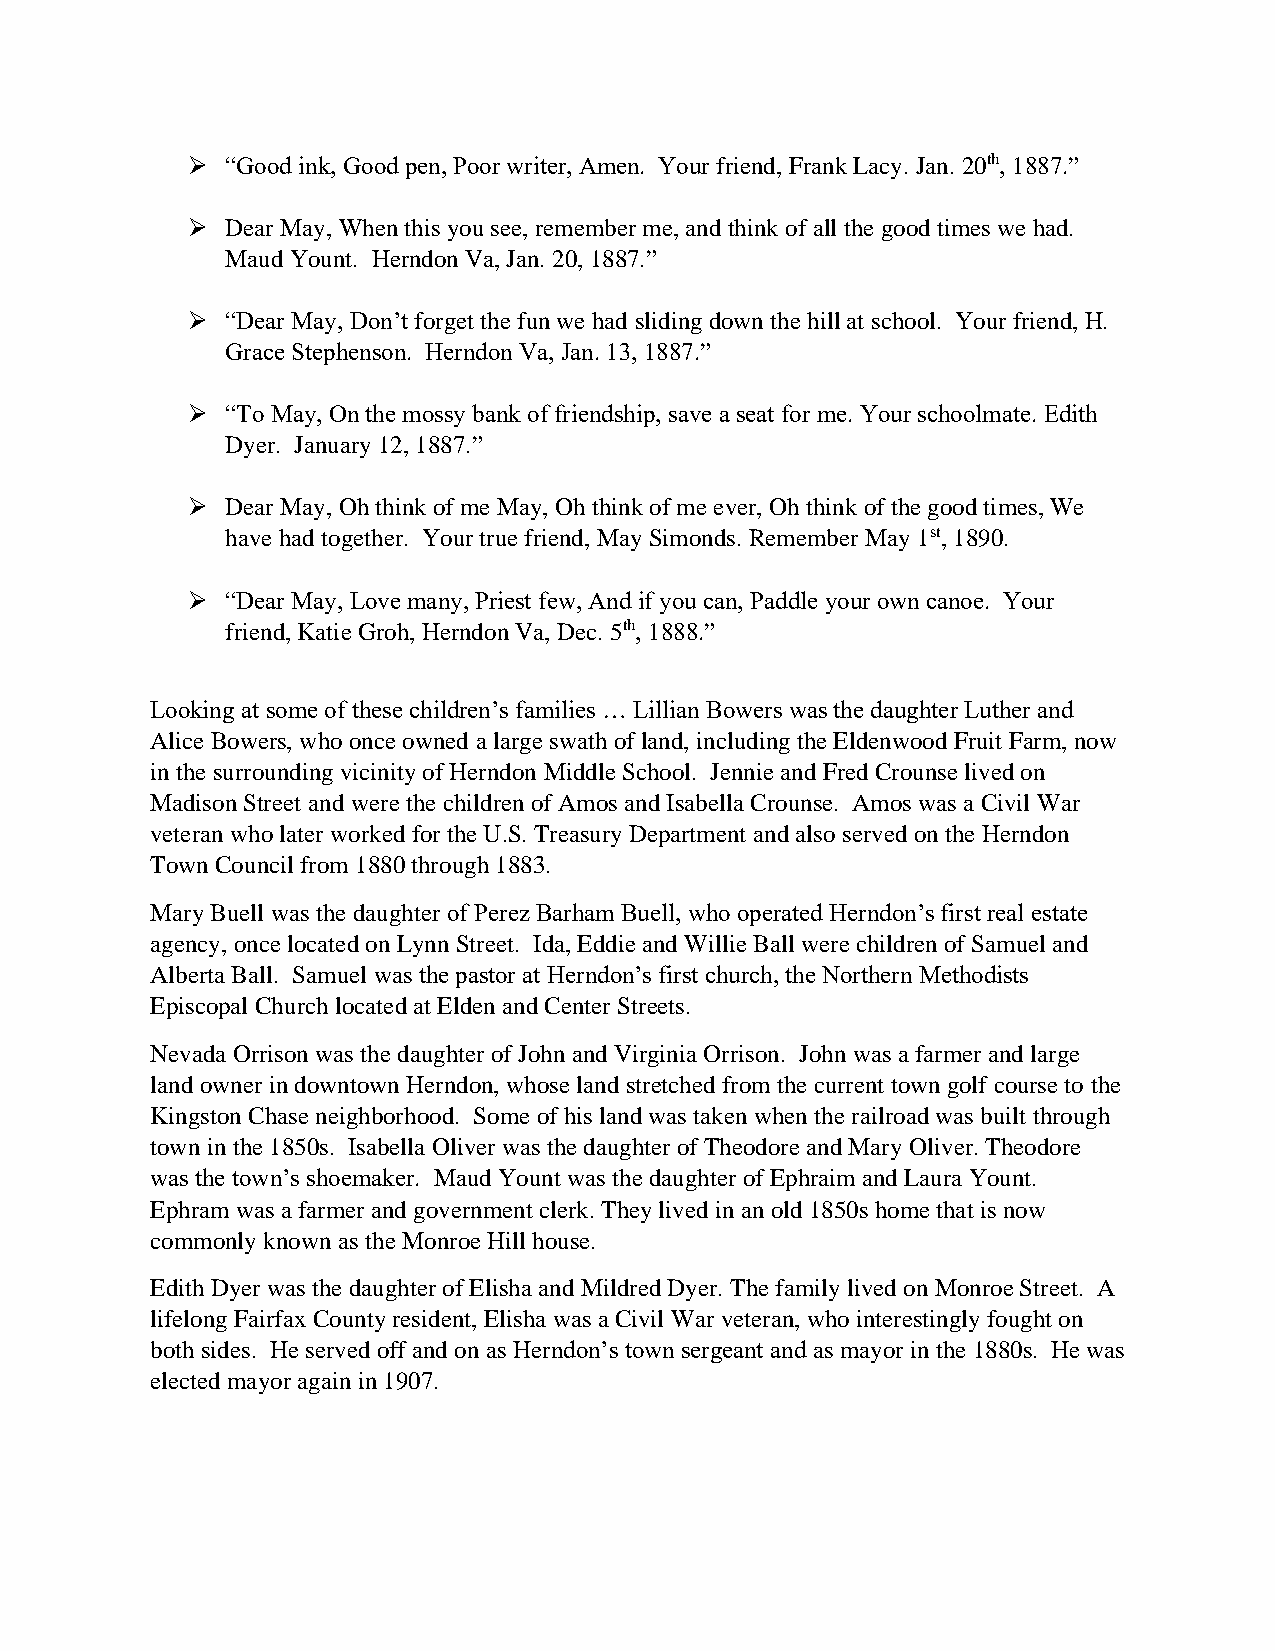
➢  “Good ink, Good pen, Poor writer, Amen. Your friend, Frank Lacy. Jan. 20th, 1887.”
 ➢  Dear May, When this you see, remember me, and think of all the good times we had.
 Maud Yount. Herndon Va, Jan. 20, 1887.”
 ➢  “Dear May, Don’t forget the fun we had sliding down the hill at school. Your friend, H.
 Grace Stephenson. Herndon Va, Jan. 13, 1887.”
 ➢  “To May, On the mossy bank of friendship, save a seat for me. Your schoolmate. Edith
 Dyer. January 12, 1887.”
 ➢  Dear May, Oh think of me May, Oh think of me ever, Oh think of the good times, We
 have had together. Your true friend, May Simonds. Remember May 1st, 1890.
 ➢  “Dear May, Love many, Priest few, And if you can, Paddle your own canoe. Your
 friend, Katie Groh, Herndon Va, Dec. 5th, 1888.”
 Looking at some of these children’s families … Lillian Bowers was the daughter Luther and
 Alice Bowers, who once owned a large swath of land, including the Eldenwood Fruit Farm, now
 in the surrounding vicinity of Herndon Middle School. Jennie and Fred Crounse lived on
 Madison Street and were the children of Amos and Isabella Crounse. Amos was a Civil War
 veteran who later worked for the U.S. Treasury Department and also served on the Herndon
 Town Council from 1880 through 1883.
 Mary Buell was the daughter of Perez Barham Buell, who operated Herndon’s first real estate
 agency, once located on Lynn Street. Ida, Eddie and Willie Ball were children of Samuel and
 Alberta Ball. Samuel was the pastor at Herndon’s first church, the Northern Methodists
 Episcopal Church located at Elden and Center Streets.
 Nevada Orrison was the daughter of John and Virginia Orrison. John was a farmer and large
 land owner in downtown Herndon, whose land stretched from the current town golf course to the
 Kingston Chase neighborhood. Some of his land was taken when the railroad was built through
 town in the 1850s. Isabella Oliver was the daughter of Theodore and Mary Oliver. Theodore
 was the town’s shoemaker. Maud Yount was the daughter of Ephraim and Laura Yount.
 Ephram was a farmer and government clerk. They lived in an old 1850s home that is now
 commonly known as the Monroe Hill house.
 Edith Dyer was the daughter of Elisha and Mildred Dyer. The family lived on Monroe Street. A
 lifelong Fairfax County resident, Elisha was a Civil War veteran, who interestingly fought on
 both sides. He served off and on as Herndon’s town sergeant and as mayor in the 1880s. He was
 elected mayor again in 1907.